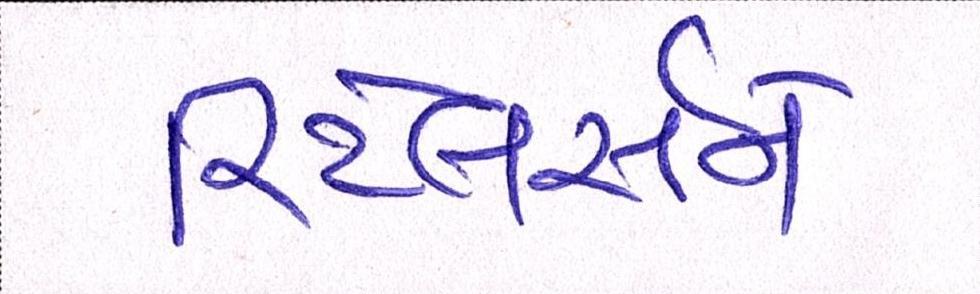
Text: રિટેલર્સને